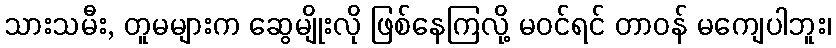
သားသမီး, တူမများက ဆွေမျိုးလို ဖြစ်နေကြလို့ မဝင်ရင် တာဝန် မကျေပါဘူး၊